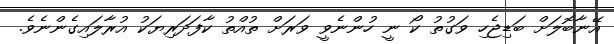
އޭނާބޮލަށް ބަޑިޖެހި ވަގުތު ކޯ ނީ ހުންނެވީ ވަރަށް ތުއްތު ކާފަދަރިޔަކު އުރާލައިގެންނެވެ.